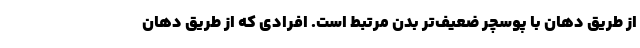
از طریق دهان با پوسچر ضعیف‌تر بدن مرتبط است. افرادی که از طریق دهان